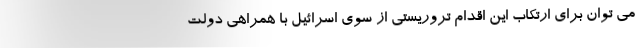
می توان برای ارتکاب این اقدام تروریستی از سوی اسرائیل با همراهی دولت